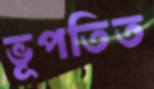
ভূপতিত